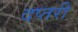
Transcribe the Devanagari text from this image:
दप्तरी